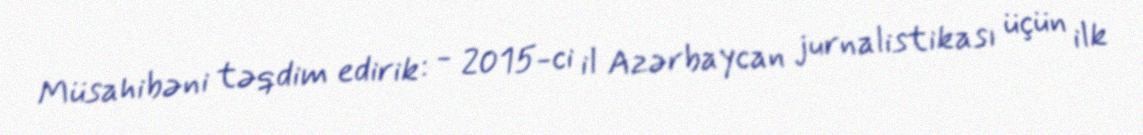
Müsahibəni təqdim edirik: - 2015-ci il Azərbaycan jurnalistikası üçün ilk